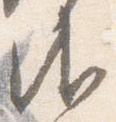
御